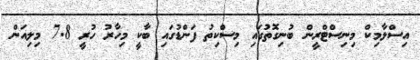
އިސްލާމިކް މިނިސްޓްރީން ބުނިގޮތުގައި މިސްކިތު ފަންޑުގައި ބާކީ މިހާރު ހުރީ 7.8 މިލިއަން